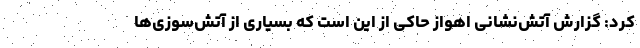
کرد: گزارش‌ آتش‌نشانی اهواز حاکی از این است که بسیاری از آتش‌سوزی‌ها